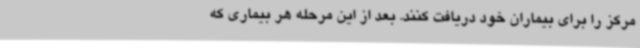
مرکز را برای بیماران خود دریافت کنند. بعد از این مرحله هر بیماری که